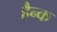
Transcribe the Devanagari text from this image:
हैन्क